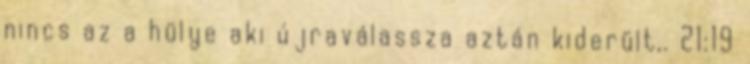
nincs az a hülye aki újraválassza aztán kiderült,. 21:19